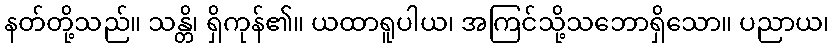
နတ်တို့သည်။ သန္တိ၊ ရှိကုန်၏။ ယထာရူပါယ၊ အကြင်သို့သဘောရှိသော။ ပညာယ၊